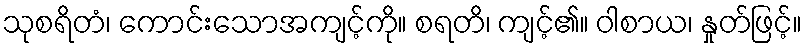
သုစရိတံ၊ ကောင်းသောအကျင့်ကို။ စရတိ၊ ကျင့်၏။ ဝါစာယ၊ နှုတ်ဖြင့်။